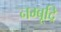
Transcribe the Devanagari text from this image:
नम्बूद्रि